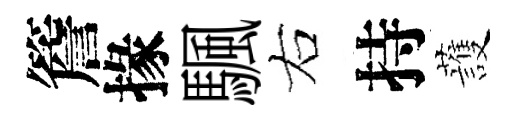
簷掾颿右持䕶